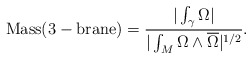
\begin{align*}{\rm Mass(3-brane)} = { {|\int_{\gamma} \Omega|} \over { |\int_{M} \Omega \wedge\overline \Omega|^{1/2}} }.\end{align*}